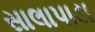
સાલાપાડા